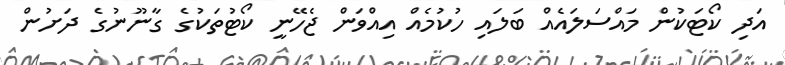
އަދި ކޯޓަކުން މައްސަލައެއް ބަލައި ހުކުމެއް އިއްވަން ޖެހޭނީ ކޯޓުތަކުގެ ގާނޫނުގެ ދަށުން